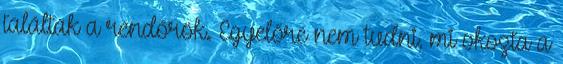
találtak a rendőrök. Egyelőre nem tudni, mi okozta a